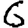
Digit: 6